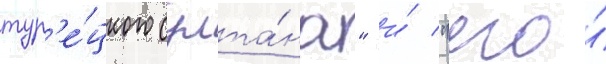
тур'е́цкого султа́на" и́ "его́